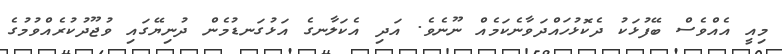
މިއީ އެއްވެސް ބޭފުޅަކު ދެކޮޅުހައްދަވާނެކަމެއް ނޫނެވެ. އަދި އެކަލާނގެ އަޅުގަނޑުމެން ދުނިޔޭގައި ވުޖޫދުކުރެއްވުމުގެ